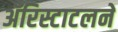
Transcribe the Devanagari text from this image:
ॲरिस्टाटलने